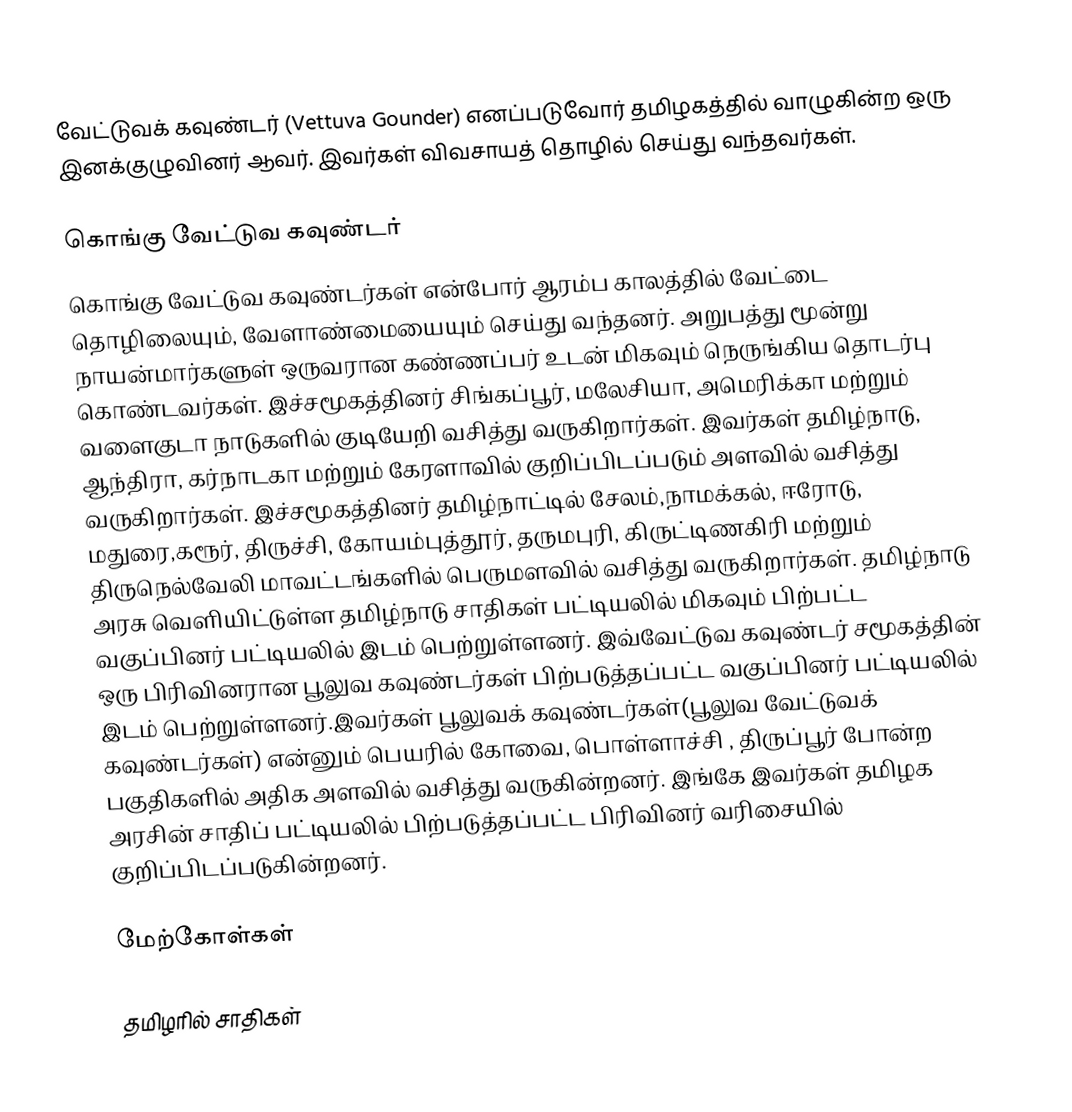
வேட்டுவக் கவுண்டர் (Vettuva Gounder) எனப்படுவோர் தமிழகத்தில் வாழுகின்ற ஒரு இனக்குழுவினர் ஆவர். இவர்கள் விவசாயத் தொழில் செய்து வந்தவர்கள்.

கொங்கு வேட்டுவ கவுண்டர்
கொங்கு வேட்டுவ கவுண்டர்கள் என்போர் ஆரம்ப காலத்தில் வேட்டை தொழிலையும், வேளாண்மையையும் செய்து வந்தனர். அறுபத்து மூன்று நாயன்மார்களுள் ஒருவரான கண்ணப்பர் உடன் மிகவும் நெருங்கிய தொடர்பு கொண்டவர்கள். இச்சமூகத்தினர் சிங்கப்பூர், மலேசியா, அமெரிக்கா மற்றும் வளைகுடா நாடுகளில் குடியேறி வசித்து வருகிறார்கள். இவர்கள் தமிழ்நாடு, ஆந்திரா, கர்நாடகா மற்றும் கேரளாவில் குறிப்பிடப்படும் அளவில் வசித்து வருகிறார்கள். இச்சமூகத்தினர் தமிழ்நாட்டில் சேலம்,நாமக்கல், ஈரோடு, மதுரை,கரூர், திருச்சி, கோயம்புத்தூர், தருமபுரி, கிருட்டிணகிரி மற்றும் திருநெல்வேலி மாவட்டங்களில் பெருமளவில் வசித்து வருகிறார்கள். தமிழ்நாடு அரசு வெளியிட்டுள்ள தமிழ்நாடு சாதிகள் பட்டியலில் மிகவும் பிற்பட்ட வகுப்பினர் பட்டியலில் இடம் பெற்றுள்ளனர். இவ்வேட்டுவ கவுண்டர் சமூகத்தின் ஒரு பிரிவினரான பூலுவ கவுண்டர்கள் பிற்படுத்தப்பட்ட வகுப்பினர் பட்டியலில் இடம் பெற்றுள்ளனர்.இவர்கள் பூலுவக் கவுண்டர்கள்(பூலுவ வேட்டுவக் கவுண்டர்கள்) என்னும் பெயரில் கோவை, பொள்ளாச்சி , திருப்பூர் போன்ற பகுதிகளில் அதிக அளவில் வசித்து வருகின்றனர். இங்கே இவர்கள் தமிழக அரசின் சாதிப் பட்டியலில் பிற்படுத்தப்பட்ட பிரிவினர் வரிசையில் குறிப்பிடப்படுகின்றனர்.

மேற்கோள்கள்

தமிழரில் சாதிகள்